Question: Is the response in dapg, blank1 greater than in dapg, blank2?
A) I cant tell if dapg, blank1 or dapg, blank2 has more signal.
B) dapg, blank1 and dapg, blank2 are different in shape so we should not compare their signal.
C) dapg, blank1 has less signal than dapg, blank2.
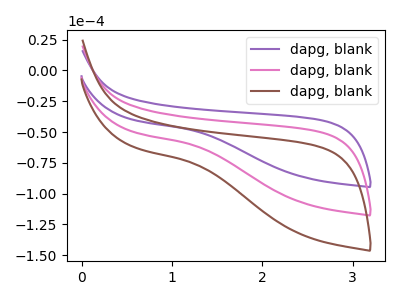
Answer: <think>The purple curve "dapg, blank1" has no peaks. The pink curve "dapg, blank2" has no peaks. The brown curve "dapg, blank3" has no peaks.
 Neither "dapg, blank1" or "dapg, blank2" have any peaks.</think>
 <answer>A) I cant tell if "dapg, blank1" or "dapg, blank2" has more signal.</answer>
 <eval>A</eval>